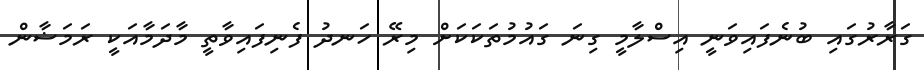
ގަރާރުގައި ބުނެފައިވަނީ އިސްލާމީ ގިނަ ގައުމުތަކަކަށް މިރޭ ހަނދު ފެނިފައިވާތީ މާދަމާއަކީ ރަމަޟާން